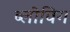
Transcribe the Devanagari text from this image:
ब्‍लोविग